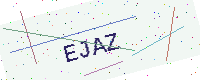
Text: EJAZ